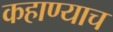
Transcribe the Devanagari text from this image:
कहाण्याच